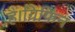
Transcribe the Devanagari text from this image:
हैं।ग्रिफिन